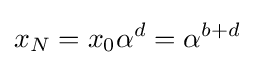
x_{N}=x_{0}\alpha ^{d}=\alpha ^{b+d}